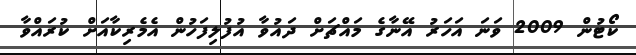
ކޯޓުން 2009 ވަނަ އަހަރު އޭނާގެ މައްޗަށް ދައުވާ އުފުލިފަހުން އެމެރިކާއަށް ކުރައްވާ